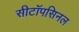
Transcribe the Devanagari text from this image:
सीटॉपसिनल